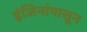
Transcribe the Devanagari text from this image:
इंजिनांपासून